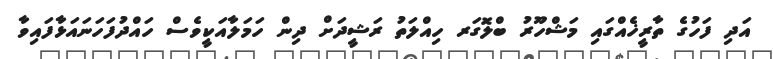
އަދި ފަހުގެ ތާރީޚެއްގައި މަޝްހޫރު ބްލޮގަރ ހިއްލަތު ރަޝީދަށް ދިން ހަމަލާއަކީވެސް ހައްދުފަހަނައަޅާފައިވާ